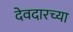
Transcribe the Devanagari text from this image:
देवदारच्या